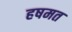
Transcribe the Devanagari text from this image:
हषमत